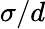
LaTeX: \sigma/d